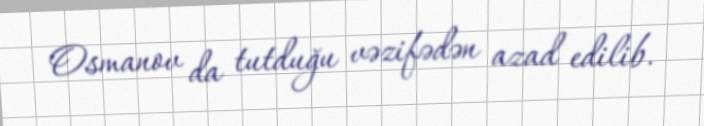
Osmanov da tutduğu vəzifədən azad edilib.